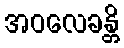
အဝလေခန္တိ